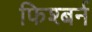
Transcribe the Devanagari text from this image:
फिश्बर्न